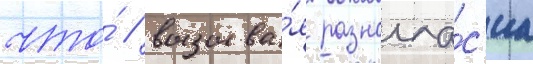
что́ / вызыва́я разногла́с'иа